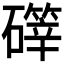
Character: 𪿺